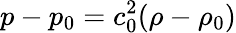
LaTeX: p-p_{0}=c_{0}^{2}(\rho-\rho_{0})